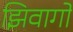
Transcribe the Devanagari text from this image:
झिवागो